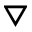
\triangledown